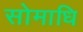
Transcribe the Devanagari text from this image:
सोमाधि